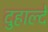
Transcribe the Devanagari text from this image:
दुहाल्दे